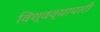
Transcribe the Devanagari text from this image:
विश्वव्यापारी